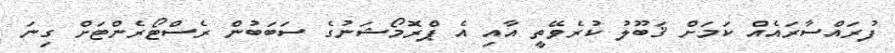
ފުރައްސާރައެއް ކަމަށް ޤަބޫލު ކުރެވޭތީ އާއި އެ ޕްރޮމޯޝަނުގެ ސަބަބުން ރެސްޓޯރެންޓަށް ގިނަ